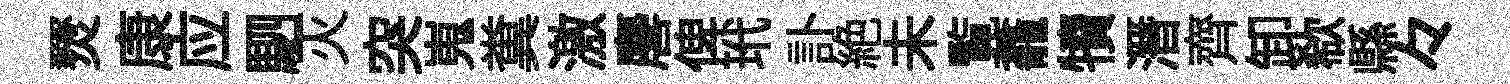
燹康应駟灭突嵬糞激麐俾玳訃絶未覧龕犢潛齊卸欷縣々